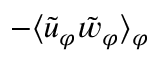
- \langle { \tilde { u } _ { \varphi } \tilde { w } _ { \varphi } } \rangle _ { \varphi }